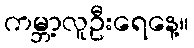
ကမ္ဘာ့လူဦးရေနေ့။